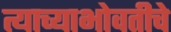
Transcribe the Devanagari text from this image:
त्याच्याभोवतीचे